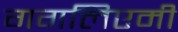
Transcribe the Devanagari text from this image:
गगलिएमी